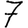
Digit: 7